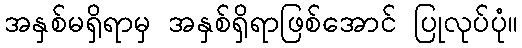
အနှစ်မရှိရာမှ အနှစ်ရှိရာဖြစ်အောင် ပြုလုပ်ပုံ။